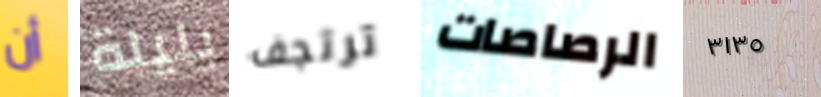
أن بليلة ترتجف الرصاصات ٣١٣٥